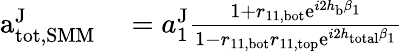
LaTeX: \begin{array}{rl}{\mathrm{a}_{\mathrm{tot,SMM}}^{\mathrm{J}}}&{{}=a_{1}^{\mathrm{J}}\frac{1+r_{11,\mathrm{bot}}\mathrm{e}^{i2h_{\mathrm{b}}\beta_{1}}}{1-r_{11,\mathrm{bot}}r_{11,\mathrm{top}}\mathrm{e}^{i2h_{\mathrm{total}}\beta_{1}}}}\end{array}